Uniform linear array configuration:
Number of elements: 64
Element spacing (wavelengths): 0.75
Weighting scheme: hann
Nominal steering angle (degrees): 15
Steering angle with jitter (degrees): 13.321
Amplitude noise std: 0.05
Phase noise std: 0.05

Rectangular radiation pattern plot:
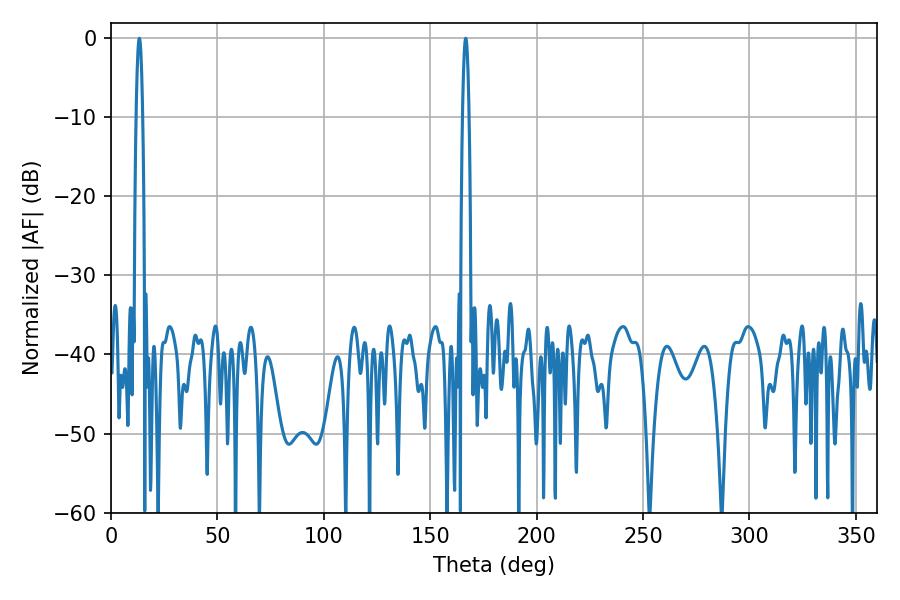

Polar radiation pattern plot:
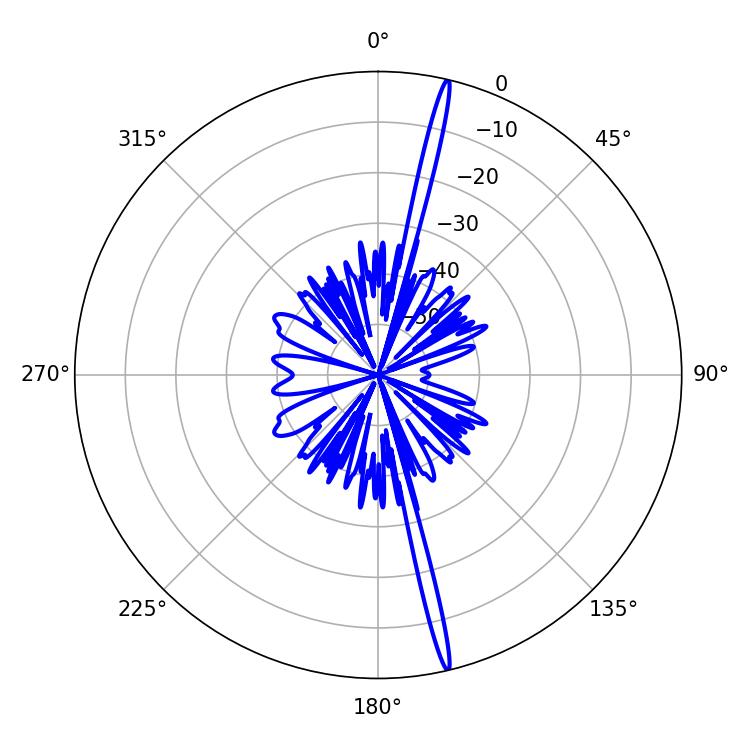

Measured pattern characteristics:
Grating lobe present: TRUE
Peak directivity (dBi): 21.243
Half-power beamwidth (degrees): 1.62
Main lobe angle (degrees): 166.68